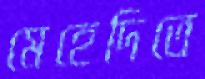
মেহেদিতে